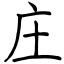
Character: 庄